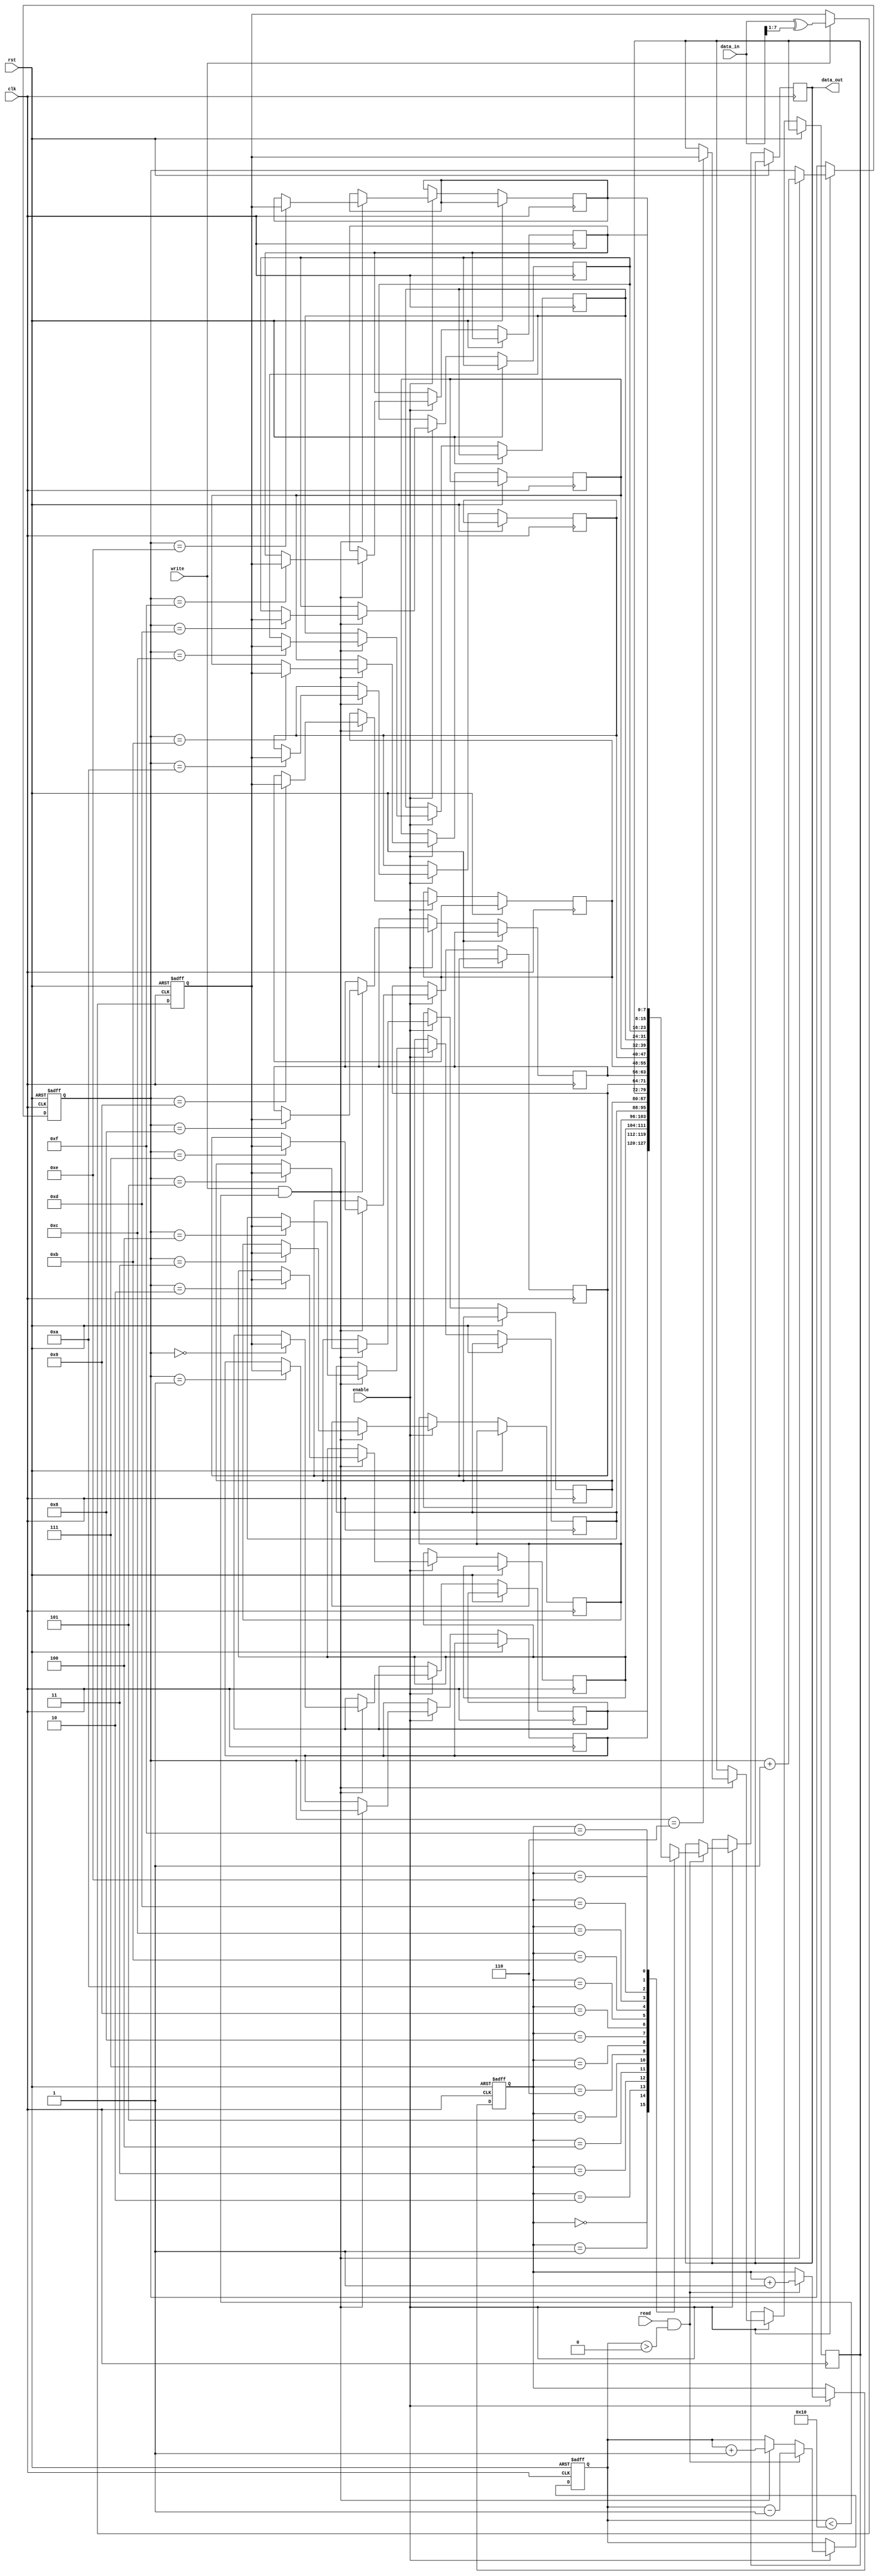
module gray_fifo (
    input wire clk,
    input wire rst,
    input wire enable,
    input wire write,
    input wire read,
    input wire [7:0] data_in,
    output reg [7:0] data_out
);

// Input and output registers
reg [7:0] in_reg;
reg [7:0] out_reg;

// Memory block for storing data elements
reg [7:0] memory [15:0];

// Gray code encoder and decoder
reg [7:0] gray_in;
reg [7:0] gray_out;

// Control block for managing read and write operations
reg [3:0] write_pointer;
reg [3:0] read_pointer;
reg [1:0] count;

// Gray code encoder
always @ (posedge clk or posedge rst) begin
    if (rst) begin
        gray_in <= 8'b00000000;
    end else begin
        if (write) begin
            gray_in <= data_in ^ (data_in >> 1);
        end
    end
end

// Gray code decoder
always @ (posedge clk or posedge rst) begin
    if (rst) begin
        gray_out <= 8'b00000000;
    end else begin
        if (read) begin
            gray_out <= data_out ^ (data_out >> 1);
        end
    end
end

// FIFO logic
always @ (posedge clk or posedge rst) begin
    if (rst) begin
        in_reg <= 8'b00000000;
        out_reg <= 8'b00000000;
        write_pointer <= 4'b0000;
        read_pointer <= 4'b0000;
        count <= 2'b00;
    end else begin
        if (enable) begin
            if (write & (count < 16)) begin
                memory[write_pointer] <= gray_in;
                write_pointer <= write_pointer + 1;
                count <= count + 1;
            end
            if (read & (count > 0)) begin
                data_out <= memory[read_pointer];
                read_pointer <= read_pointer + 1;
                count <= count - 1;
            end
        end
    end
end

endmodule